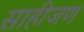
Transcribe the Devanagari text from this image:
साहीजण